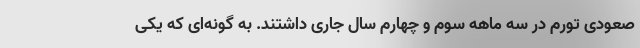
صعودی تورم در سه ماهه سوم و چهارم سال جاری داشتند. به گونه‌ای که یکی